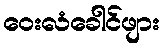
ဝေးလံခေါင်ဖျား